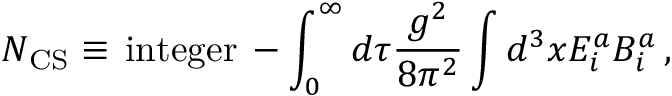
N _ { \mathrm { C S } } \equiv \, \mathrm { i n t e g e r } \, - \int _ { 0 } ^ { \infty } d \tau \frac { g ^ { 2 } } { 8 \pi ^ { 2 } } \int d ^ { 3 } x E _ { i } ^ { a } B _ { i } ^ { a } \, ,